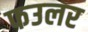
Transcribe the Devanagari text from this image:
फउलर